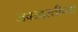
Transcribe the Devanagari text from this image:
जबरदस्तीच्या